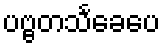
ပဗ္ဗတသင်္ခေပေ